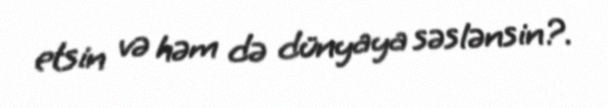
etsin və həm də dünyaya səslənsin?.